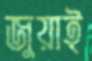
জুয়াই